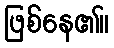
ဖြစ်နေ၏။